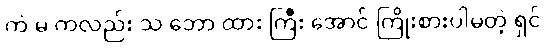
ကဲ မ ကလည်း သ ဘော ထား ကြီး အောင် ကြိုးစားပါမတဲ့ ရှင်